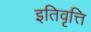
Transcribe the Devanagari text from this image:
इतिवृत्ति